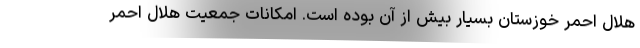
هلال احمر خوزستان بسیار بیش از آن بوده است. امکانات جمعیت هلال احمر